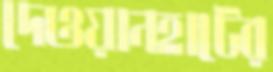
দেওয়ানহাটের